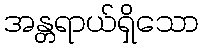
အန္တရာယ်ရှိသော